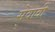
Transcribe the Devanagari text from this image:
सेवावीं